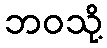
ဘဝသို့